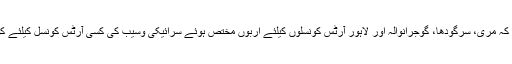
ظہور دھریجہ نے کہا کہ مری، سرگودھا، گوجرانوالہ اور لاہور آرٹس کونسلوں کیلئے اربوں مختص ہوئے سرائیکی وسیب کی کسی آرٹس کونسل کیلئے کوئی رقم نہیں دی گئی۔